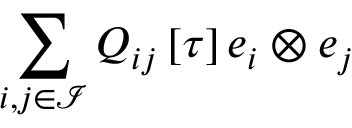
\sum _ { i , j \in \mathcal { I } } Q _ { i j } \left[ \tau \right] \boldsymbol { e } _ { i } \otimes \boldsymbol { e } _ { j }